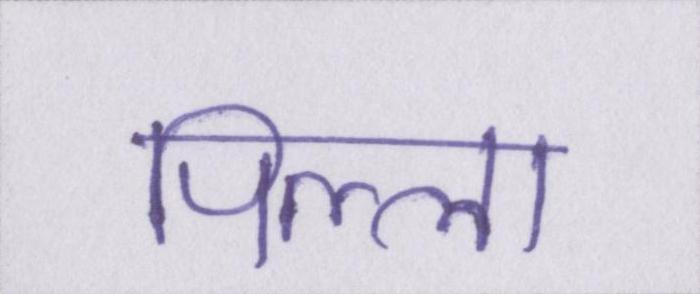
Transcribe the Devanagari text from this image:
पिल्ला